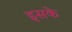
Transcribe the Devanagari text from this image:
इसके